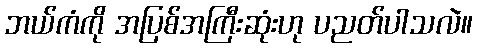
ဘယ်ကံကို အပြစ်အကြီးဆုံးဟု ပညတ်ပါသလဲ။